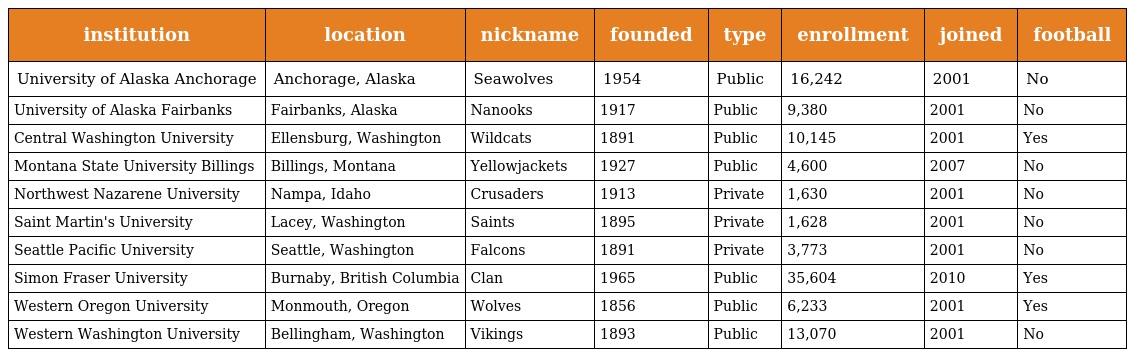
| institution | location | nickname | founded | type | enrollment | joined | football |
 | --- | --- | --- | --- | --- | --- | --- | --- |
 | University of Alaska Anchorage | Anchorage, Alaska | Seawolves | 1954 | Public | 16,242 | 2001 | No |
 | University of Alaska Fairbanks | Fairbanks, Alaska | Nanooks | 1917 | Public | 9,380 | 2001 | No |
 | Central Washington University | Ellensburg, Washington | Wildcats | 1891 | Public | 10,145 | 2001 | Yes |
 | Montana State University Billings | Billings, Montana | Yellowjackets | 1927 | Public | 4,600 | 2007 | No |
 | Northwest Nazarene University | Nampa, Idaho | Crusaders | 1913 | Private | 1,630 | 2001 | No |
 | Saint Martin's University | Lacey, Washington | Saints | 1895 | Private | 1,628 | 2001 | No |
 | Seattle Pacific University | Seattle, Washington | Falcons | 1891 | Private | 3,773 | 2001 | No |
 | Simon Fraser University | Burnaby, British Columbia | Clan | 1965 | Public | 35,604 | 2010 | Yes |
 | Western Oregon University | Monmouth, Oregon | Wolves | 1856 | Public | 6,233 | 2001 | Yes |
 | Western Washington University | Bellingham, Washington | Vikings | 1893 | Public | 13,070 | 2001 | No |